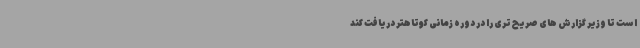
است تا وزیر گزارش های صریح تری را در دوره زمانی کوتاهتر دریافت کند